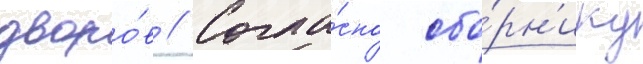
дворо́в // Согла́сно сбо́рн'ику